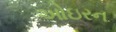
ઓઇરન